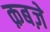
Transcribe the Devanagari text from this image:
क़बज़े